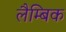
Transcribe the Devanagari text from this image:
लैम्बिक